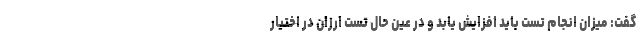
گفت: میزان انجام تست باید افزایش یابد و در عین حال تست ارزان در اختیار